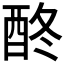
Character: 𨠌